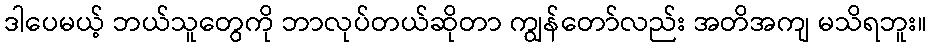
ဒါပေမယ့် ဘယ်သူတွေကို ဘာလုပ်တယ်ဆိုတာ ကျွန်တော်လည်း အတိအကျ မသိရဘူး။